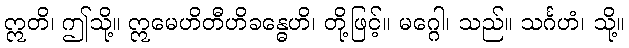
ဣတိ၊ ဤသို့။ ဣမေဟိတီဟိခန္ဓေဟိ၊ တို့ဖြင့်။ မဂ္ဂေါ၊ သည်။ သင်္ဂဟံ၊ သို့။